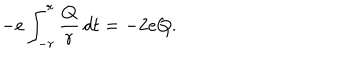
LaTeX: - e \int _ { - r } ^ { r } \frac { Q } { r } \, d t = - 2 e Q .